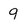
Character: q